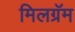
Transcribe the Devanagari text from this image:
मिलग्रॅम